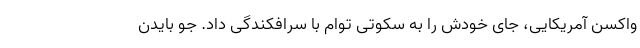
واکسن آمریکایی، جای خودش را به سکوتی توام با سرافکندگی داد. جو بایدن